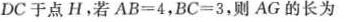
DC于点H。若$$A B = 4$$，$$B C = 3$$，则AG的长为